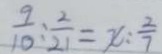
\frac { 9 } { 1 0 } : \frac { 2 } { 2 1 } = x : \frac { 2 } { 7 }